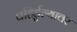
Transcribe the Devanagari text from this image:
बहिर्डुल्यावर